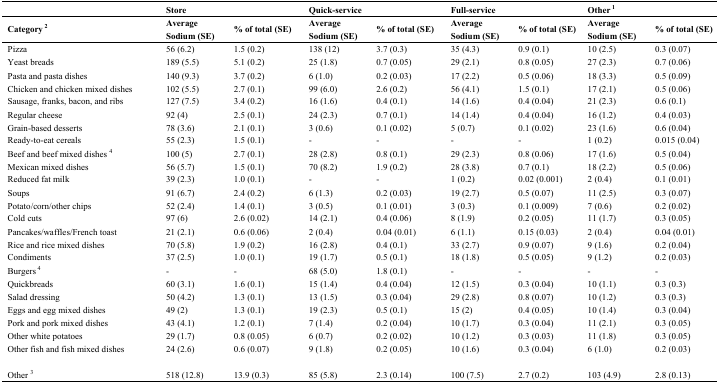
<table><thead><tr><td></td><td colspan="2"><b>Store</b></td><td colspan="2"><b>Quick-service</b></td><td colspan="2"><b>Full-service</b></td><td colspan="2"><b>Other<sup> 1</sup></b></td></tr><tr><td><b>Category<sup> 2</sup></b></td><td><b>Average Sodium (SE)</b></td><td><b>% of total (SE)</b></td><td><b>Average Sodium (SE)</b></td><td><b>% of total (SE)</b></td><td><b>Average Sodium (SE)</b></td><td><b>% of total (SE)</b></td><td><b>Average Sodium (SE)</b></td><td><b>% of total (SE)</b></td></tr></thead><tbody><tr><td>Pizza</td><td>56 (6.2)</td><td>1.5 (0.2)</td><td>138 (12)</td><td>3.7 (0.3)</td><td>35 (4.3)</td><td>0.9 (0.1)</td><td>10 (2.5)</td><td>0.3 (0.07)</td></tr><tr><td>Yeast breads</td><td>189 (5.5)</td><td>5.1 (0.2)</td><td>25 (1.8)</td><td>0.7 (0.05)</td><td>29 (2.1)</td><td>0.8 (0.05)</td><td>27 (2.3)</td><td>0.7 (0.06)</td></tr><tr><td>Pasta and pasta dishes</td><td>140 (9.3)</td><td>3.7 (0.2)</td><td>6 (1.0)</td><td>0.2 (0.03)</td><td>17 (2.2)</td><td>0.5 (0.06)</td><td>18 (3.3)</td><td>0.5 (0.09)</td></tr><tr><td>Chicken and chicken mixed dishes</td><td>102 (5.5)</td><td>2.7 (0.1)</td><td>99 (6.0)</td><td>2.6 (0.2)</td><td>56 (4.1)</td><td>1.5 (0.1)</td><td>17 (2.1)</td><td>0.5 (0.06)</td></tr><tr><td>Sausage, franks, bacon, and ribs</td><td>127 (7.5)</td><td>3.4 (0.2)</td><td>16 (1.6)</td><td>0.4 (0.1)</td><td>14 (1.6)</td><td>0.4 (0.04)</td><td>21 (2.3)</td><td>0.6 (0.1)</td></tr><tr><td>Regular cheese</td><td>92 (4)</td><td>2.5 (0.1)</td><td>24 (2.3)</td><td>0.7 (0.1)</td><td>14 (1.4)</td><td>0.4 (0.04)</td><td>16 (1.2)</td><td>0.4 (0.03)</td></tr><tr><td>Grain-based desserts</td><td>78 (3.6)</td><td>2.1 (0.1)</td><td>3 (0.6)</td><td>0.1 (0.02)</td><td>5 (0.7)</td><td>0.1 (0.02)</td><td>23 (1.6)</td><td>0.6 (0.04)</td></tr><tr><td>Ready-to-eat cereals</td><td>55 (2.3)</td><td>1.5 (0.1)</td><td>-</td><td>-</td><td>-</td><td>-</td><td>1 (0.2)</td><td>0.015 (0.04)</td></tr><tr><td>Beef and beef mixed dishes <sup>4</sup></td><td>100 (5)</td><td>2.7 (0.1)</td><td>28 (2.8)</td><td>0.8 (0.1)</td><td>29 (2.3)</td><td>0.8 (0.06)</td><td>17 (1.6)</td><td>0.5 (0.04)</td></tr><tr><td>Mexican mixed dishes</td><td>56 (5.7)</td><td>1.5 (0.1)</td><td>70 (8.2)</td><td>1.9 (0.2)</td><td>28 (3.8)</td><td>0.7 (0.1)</td><td>18 (2.2)</td><td>0.5 (0.06)</td></tr><tr><td>Reduced fat milk</td><td>39 (2.3)</td><td>1.0 (0.1)</td><td>-</td><td>-</td><td>1 (0.2)</td><td>0.02 (0.001)</td><td>2 (0.4)</td><td>0.1 (0.01)</td></tr><tr><td>Soups</td><td>91 (6.7)</td><td>2.4 (0.2)</td><td>6 (1.3)</td><td>0.2 (0.03)</td><td>19 (2.7)</td><td>0.5 (0.07)</td><td>11 (2.5)</td><td>0.3 (0.07)</td></tr><tr><td>Potato/corn/other chips</td><td>52 (2.4)</td><td>1.4 (0.1)</td><td>3 (0.5)</td><td>0.1 (0.01)</td><td>3 (0.3)</td><td>0.1 (0.009)</td><td>7 (0.6)</td><td>0.2 (0.02)</td></tr><tr><td>Cold cuts</td><td>97 (6)</td><td>2.6 (0.02)</td><td>14 (2.1)</td><td>0.4 (0.06)</td><td>8 (1.9)</td><td>0.2 (0.05)</td><td>11 (1.7)</td><td>0.3 (0.05)</td></tr><tr><td>Pancakes/waffles/French toast</td><td>21 (2.1)</td><td>0.6 (0.06)</td><td>2 (0.4)</td><td>0.04 (0.01)</td><td>6 (1.1)</td><td>0.15 (0.03)</td><td>2 (0.4)</td><td>0.04 (0.01)</td></tr><tr><td>Rice and rice mixed dishes</td><td>70 (5.8)</td><td>1.9 (0.2)</td><td>16 (2.8)</td><td>0.4 (0.1)</td><td>33 (2.7)</td><td>0.9 (0.07)</td><td>9 (1.6)</td><td>0.2 (0.04)</td></tr><tr><td>Condiments</td><td>37 (2.5)</td><td>1.0 (0.1)</td><td>19 (1.7)</td><td>0.5 (0.1)</td><td>18 (1.8)</td><td>0.5 (0.05)</td><td>9 (1.2)</td><td>0.2 (0.03)</td></tr><tr><td>Burgers<sup> 4</sup></td><td>-</td><td>-</td><td>68 (5.0)</td><td>1.8 (0.1)</td><td>-</td><td>-</td><td>-</td><td>-</td></tr><tr><td>Quickbreads</td><td>60 (3.1)</td><td>1.6 (0.1)</td><td>15 (1.4)</td><td>0.4 (0.04)</td><td>12 (1.5)</td><td>0.3 (0.04)</td><td>10 (1.1)</td><td>0.3 (0.3)</td></tr><tr><td>Salad dressing</td><td>50 (4.2)</td><td>1.3 (0.1)</td><td>13 (1.5)</td><td>0.3 (0.04)</td><td>29 (2.8)</td><td>0.8 (0.07)</td><td>10 (1.2)</td><td>0.3 (0.3)</td></tr><tr><td>Eggs and egg mixed dishes</td><td>49 (2)</td><td>1.3 (0.1)</td><td>19 (2.3)</td><td>0.5 (0.1)</td><td>15 (2)</td><td>0.4 (0.05)</td><td>10 (1.4)</td><td>0.3 (0.04)</td></tr><tr><td>Pork and pork mixed dishes</td><td>43 (4.1)</td><td>1.2 (0.1)</td><td>7 (1.4)</td><td>0.2 (0.04)</td><td>10 (1.7)</td><td>0.3 (0.04)</td><td>11 (2.1)</td><td>0.3 (0.05)</td></tr><tr><td>Other white potatoes</td><td>29 (1.7)</td><td>0.8 (0.05)</td><td>6 (0.7)</td><td>0.2 (0.02)</td><td>10 (1.2)</td><td>0.3 (0.03)</td><td>11 (1.8)</td><td>0.3 (0.05)</td></tr><tr><td>Other fish and fish mixed dishes</td><td>24 (2.6)</td><td>0.6 (0.07)</td><td>9 (1.8)</td><td>0.2 (0.05)</td><td>10 (1.6)</td><td>0.3 (0.04)</td><td>6 (1.0)</td><td>0.2 (0.03)</td></tr><tr><td>Other <sup>3</sup></td><td>518 (12.8)</td><td>13.9 (0.3)</td><td>85 (5.8)</td><td>2.3 (0.14)</td><td>100 (7.5)</td><td>2.7 (0.2)</td><td>103 (4.9)</td><td>2.8 (0.13)</td></tr></tbody></table>